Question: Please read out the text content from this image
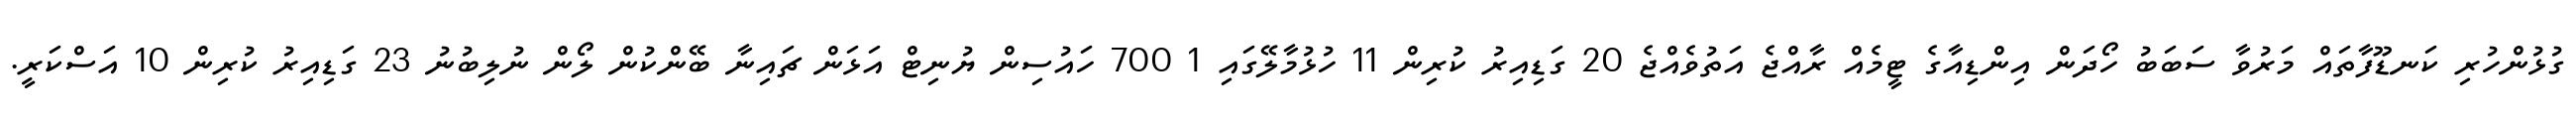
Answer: ގުޅުންހުރި ކަނޑޫފާތައް މަރުވާ ސަބަބު ހޯދަން އިންޑިއާގެ ޓީމެއް ރާއްޖެ އަތުވެއްޖެ 20 ގަޑިއިރު ކުރިން 11 ހުޅުމާލޭގައި 1 700 ހައުސިން ޔުނިޓް އަޅަން ޗައިނާ ބޭންކުން ލޯން ނުލިބުނު 23 ގަޑިއިރު ކުރިން 10 އަސްކަރީ.